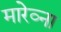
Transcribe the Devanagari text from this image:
मारेव्ना